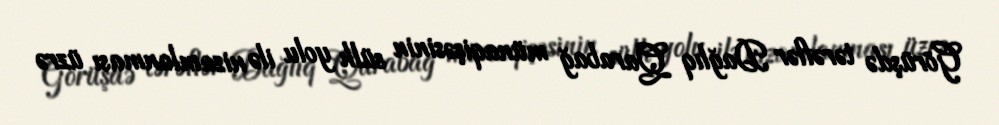
Görüşdə tərəflər Dağlıq Qarabağ münaqişəsinin sülh yolu ilə nizamlanması üzrə